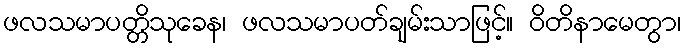
ဖလသမာပတ္တိသုခေန၊ ဖလသမာပတ်ချမ်းသာဖြင့်။ ဝိတိနာမေတွာ၊